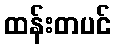
ထန်းတပင်